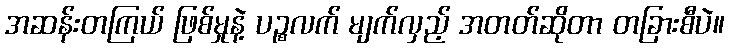
အဆန်းတကြယ် ဖြစ်မှုနဲ့ ပဉ္စလက် မျက်လှည့် အတတ်ဆိုတာ တခြားစီပဲ။